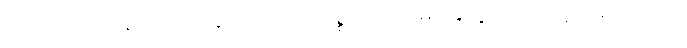
အလုပ်လုပ်နေကြရတဲ့သူတွေထဲမှာ ပစ္စည်းပို့သမားတွေလည်း အပါအဝင်ပါပဲ။